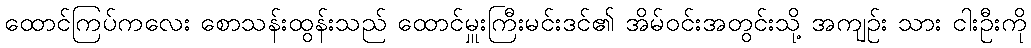
ထောင်ကြပ်ကလေး စောသန်းထွန်းသည် ထောင်မှူးကြီးမင်းဒင်၏ အိမ်ဝင်းအတွင်းသို့ အကျဉ်း သား ငါးဦးကို